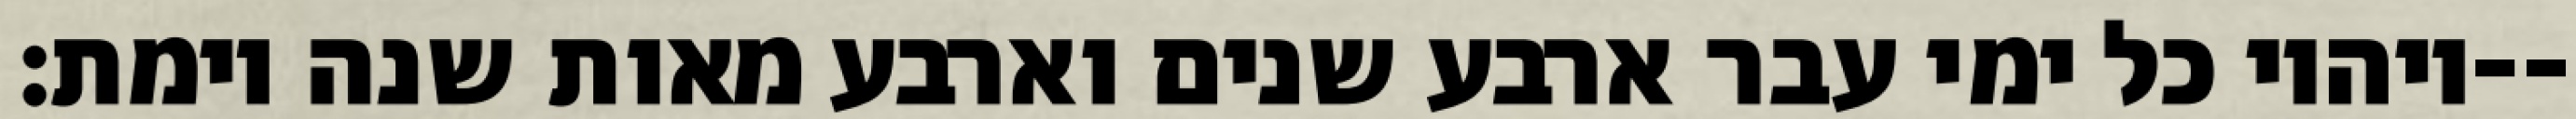
ויהיו כל ימי עבר ארבע שנים וארבע מאות שנה וימת׃--